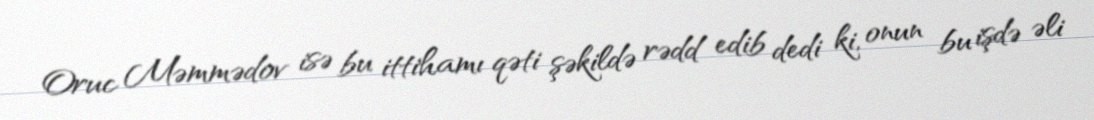
Oruc Məmmədov isə bu ittihamı qəti şəkildə rədd edib dedi ki, onun bu işdə əli